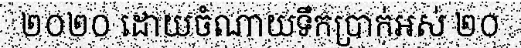
២០២០ ដោយចំណាយទឹកប្រាក់អស់ ២០